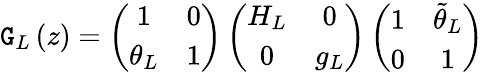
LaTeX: \mathtt{G}_{L}\left(z\right)=\left(\begin{array}{cc}{{1}}&{{0}}\\ {{\theta_{L}}}&{{1}}\end{array}\right)\left(\begin{array}{cc}{{H_{L}}}&{{0}}\\ {{0}}&{{g_{L}}}\end{array}\right)\left(\begin{array}{cc}{{1}}&{{\tilde{\theta}_{L}}}\\ {{0}}&{{1}}\end{array}\right)